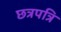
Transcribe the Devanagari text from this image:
छत्रपत्रि